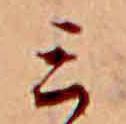
ミ